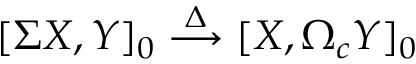
[ \Sigma X , Y ] _ { 0 } \stackrel { \Delta } { \longrightarrow } [ X , \Omega _ { c } Y ] _ { 0 }